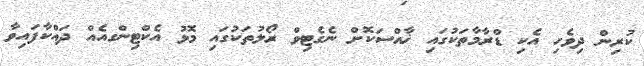
ކުރިން ދިވެހި އެކި ޑްރާމާތަކުގައި ޚާއްސަކޮށް ނެގެޓިވް ރޯލުތަކުގައި މޮޅު އެކްޓިންގއެއް ދައްކާފައިވާ